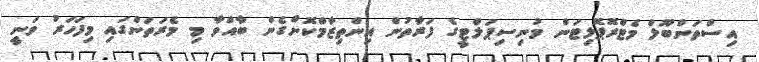
އިސްތަންބޫލް މެޓްރޮޕޮލިޓަން މުނިސިޕަލްޓީގެ ފަރާތުން އިންތިޒާމްކޮށްގެން ބާއްވާ މި މެރަތަންގައި މިފަހަރު ވަނީ